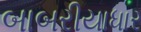
બાબરીયાધાર